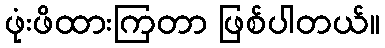
ဖုံးဖိထားကြတာ ဖြစ်ပါတယ်။